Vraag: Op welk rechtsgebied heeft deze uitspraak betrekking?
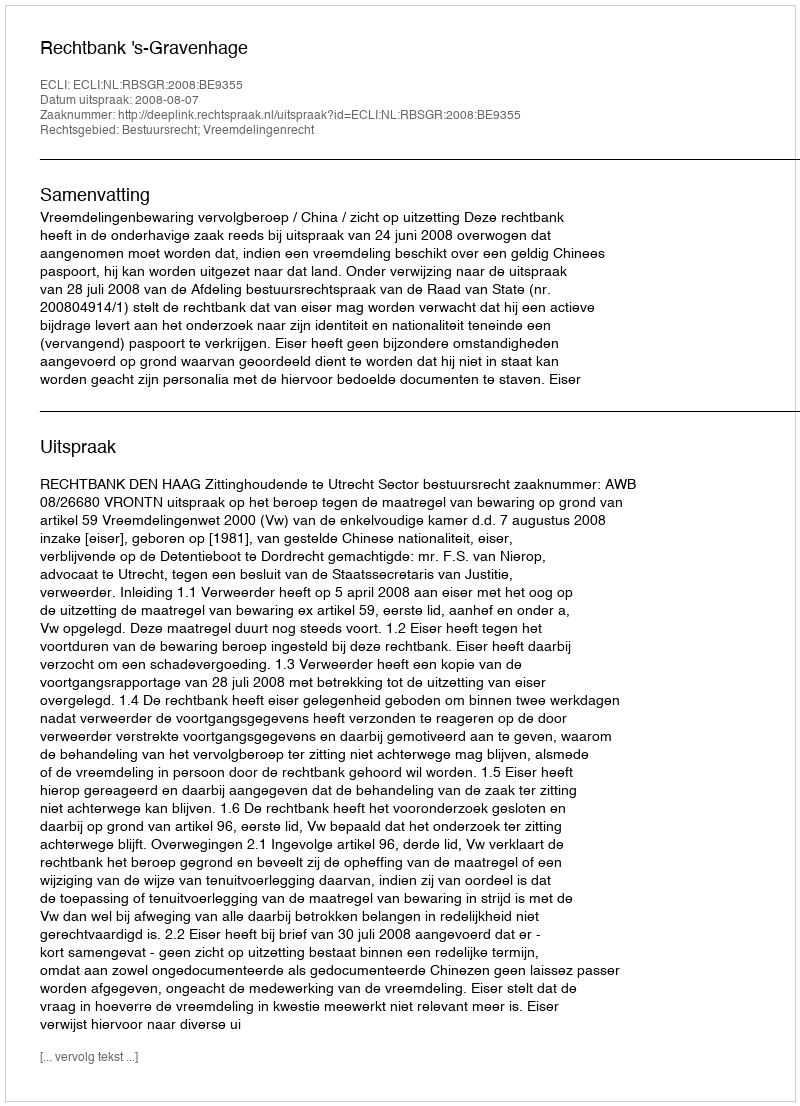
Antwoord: Bestuursrecht; Vreemdelingenrecht